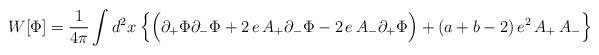
LaTeX: \begin{align*}W[\Phi]={1\over {4\pi}}\int d^2x\:\Big{\{}\Big{(}\partial_+\Phi\partial_-\Phi + 2\,e\, A_+\partial_-\Phi - 2\,e\, A_-\partial_+\Phi\Big{)} +(a+b-2)\,e^2\,A_+\,A_-\Big{\}}\end{align*}